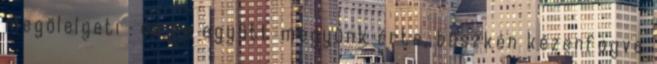
megölelgeti : és ha együtt megyünk érte, büszkén kézenfogva